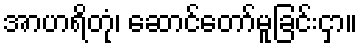
အာဟရိတုံ၊ ဆောင်တော်မူခြင်းငှာ။